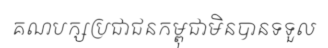
គណបក្សប្រជាជនកម្ពុជាមិនបានទទួល